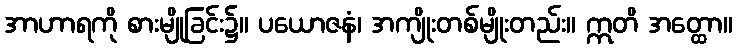
အာဟာရကို စားမျိုခြင်း၌။ ပယောဇနံ၊ အကျိုးတစ်မျိုးတည်း။ ဣတိ အတ္ထော။